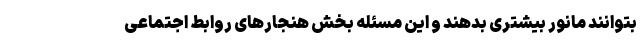
بتوانند مانور بیشتری بدهند و این مسئله بخش هنجارهای روابط اجتماعی